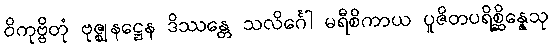
ဝိကုဗ္ဗိတုံ ဗုဇ္ဈနဋ္ဌေန ဒိဿန္တေ သလိင်္ဂေါ မရီစိကာယ ပူဇိတပရိစ္ဆိန္နေသု